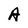
Character: A